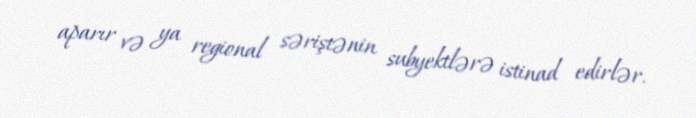
aparır və ya regional səriştənin subyektlərə istinad edirlər.